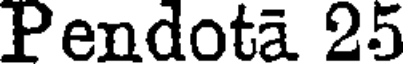
Pendota 25